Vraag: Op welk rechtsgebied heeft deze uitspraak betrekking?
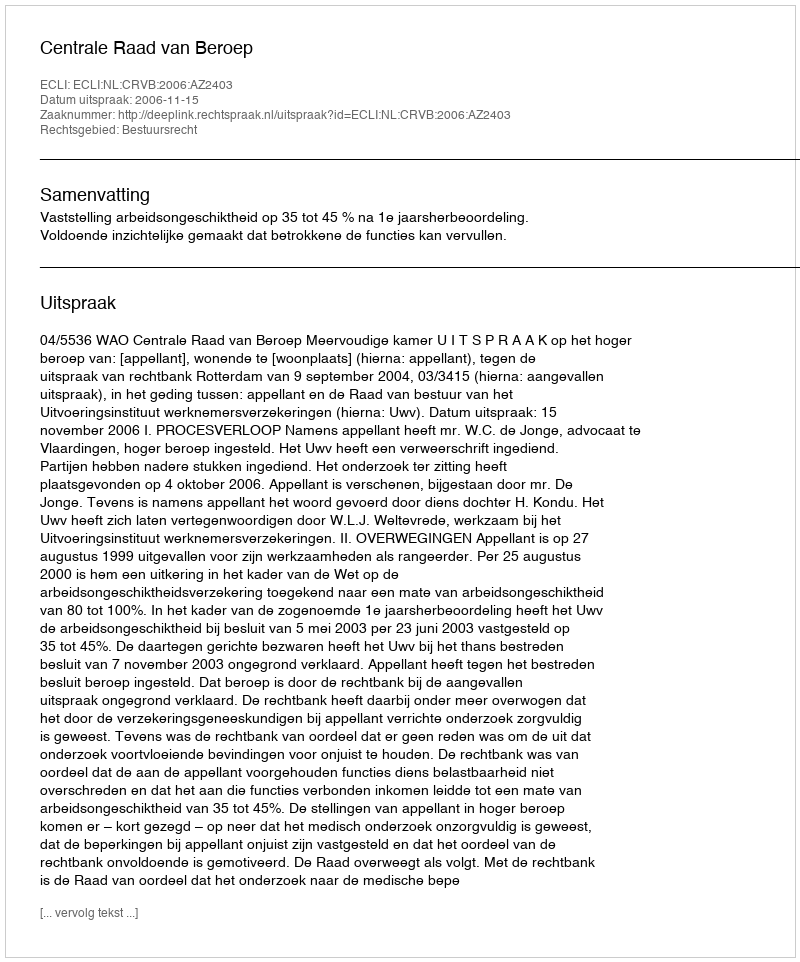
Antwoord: Bestuursrecht